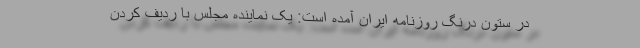
در ستون درنگ روزنامه ایران آمده است: یک نماینده مجلس با ردیف کردن